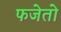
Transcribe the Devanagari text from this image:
फजेतो